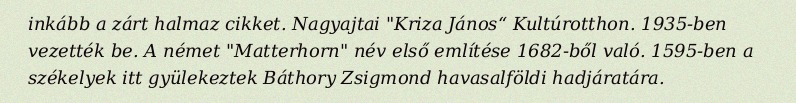
inkább a zárt halmaz cikket. Nagyajtai "Kriza János“ Kultúrotthon. 1935-ben vezették be. A német "Matterhorn" név első említése 1682-ből való. 1595-ben a székelyek itt gyülekeztek Báthory Zsigmond havasalföldi hadjáratára.